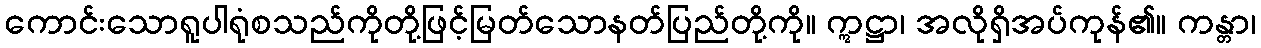
ကောင်းသောရူပါရုံစသည်ကိုတို့ဖြင့်မြတ်သောနတ်ပြည်တို့ကို။ ဣဋ္ဌာ၊ အလိုရှိအပ်ကုန်၏။ ကန္တာ၊